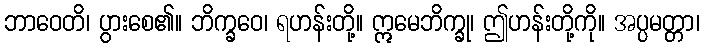
ဘာဝေတိ၊ ပွားစေ၏။ ဘိက္ခဝေ၊ ရဟန်းတို့။ ဣမေဘိက္ခု၊ ဤဟန်းတို့ကို။ အပ္ပမတ္တာ၊